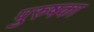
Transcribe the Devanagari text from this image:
पुरुषका